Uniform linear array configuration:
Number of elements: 16
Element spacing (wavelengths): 0.5
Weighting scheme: blackman
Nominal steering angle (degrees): -15
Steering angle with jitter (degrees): -15.249
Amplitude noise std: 0.05
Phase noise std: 0.05

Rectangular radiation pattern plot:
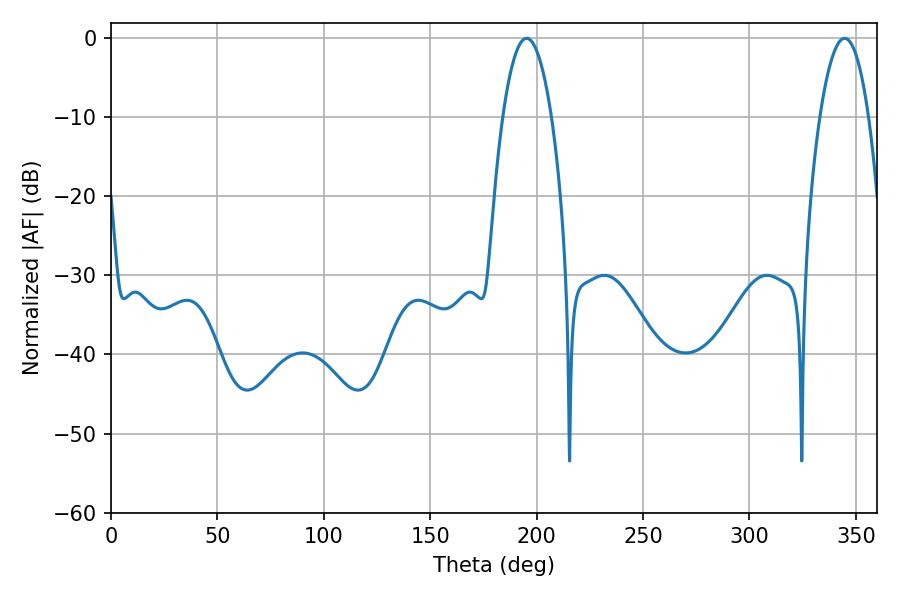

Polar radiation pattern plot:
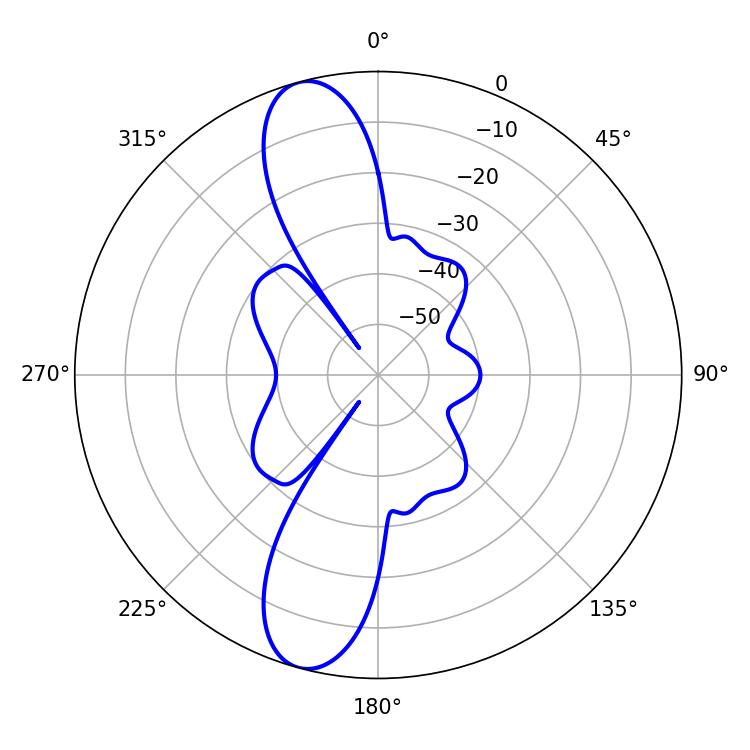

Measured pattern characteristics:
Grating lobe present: FALSE
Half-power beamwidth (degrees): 12.78
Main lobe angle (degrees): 195.3